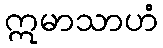
ဣမာသာဟံ